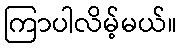
ကြာပါလိမ့်မယ်။